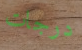
درجات